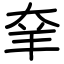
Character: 羍